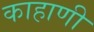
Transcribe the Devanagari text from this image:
काहाणी